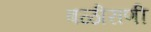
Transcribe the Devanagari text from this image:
बळीराणी